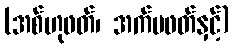
(အစ်ဟုဖတ်၊ အက်မဖတ်နှင့်)